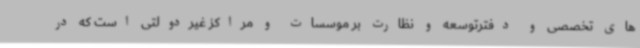
های تخصصی و دفترتوسعه و نظارت بر موسسات و مراکز غیردولتی است که در